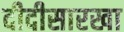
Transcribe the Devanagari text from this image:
दीदीसारखा